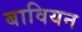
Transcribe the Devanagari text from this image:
बावियन